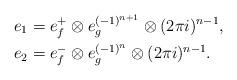
LaTeX: \begin{align*}e_1 & = e_f^+ \otimes e_g^{(-1)^{n+1}} \otimes (2\pi i)^{n-1},\\e_2 & = e_f^- \otimes e_g^{(-1)^n} \otimes (2\pi i)^{n-1}.\end{align*}